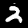
Digit: 2